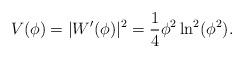
LaTeX: \begin{align*}V(\phi) = |W'(\phi)|^2 = {1\over{4}}\phi^2\ln^2(\phi^2).\end{align*}